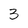
Character: 3